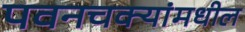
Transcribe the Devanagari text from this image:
पवनचक्यांमधील